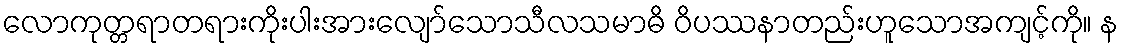
လောကုတ္တရာတရားကိုးပါးအားလျော်သောသီလသမာဓိ ဝိပဿနာတည်းဟူသောအကျင့်ကို။ န